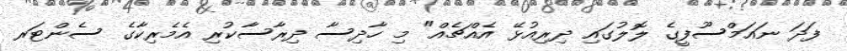
ފަދަ ނައަމްސޫފީގެ ލޮލުގައި ދިރިއުޅޭ އެއްޗެއް" މި ހާދިސާ ދިރާސާކުރި އެމެރިކާގެ ސެންޓަރ